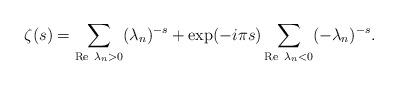
LaTeX: \begin{align*}\zeta(s)=\sum_{{\rm Re}~\lambda_n>0} (\lambda_n)^{-s}+\exp(-i\pi s)\sum_{{\rm Re}~\lambda_n<0} (-\lambda_n)^{-s}.\end{align*}